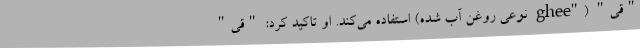
"‌قی" ("ghee نوعی روغن آب شده) استفاده می‌کند. او تاکید کرد: "قی"